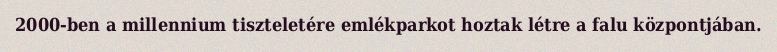
2000-ben a millennium tiszteletére emlékparkot hoztak létre a falu központjában.